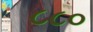
૮૮૦